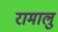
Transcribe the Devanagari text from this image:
रामालु